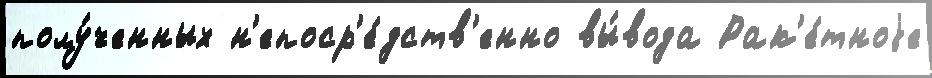
полу́ченных н'епоср'е́дств'енно вы́вода Рак'е́тноjе